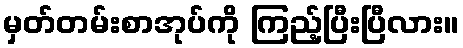
မှတ်တမ်းစာအုပ်ကို ကြည့်ပြီးပြီလား။